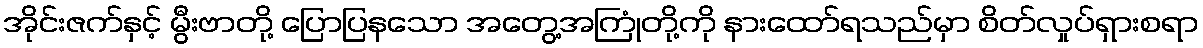
အိုင်းဇက်နှင့် မွီးဗာတို့ ပြောပြနသော အတွေ့အကြုံတို့ကို နားထော်ရသည်မှာ စိတ်လှုပ်ရှားစရာ